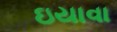
ઇયાવા